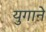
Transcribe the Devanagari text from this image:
युगाने